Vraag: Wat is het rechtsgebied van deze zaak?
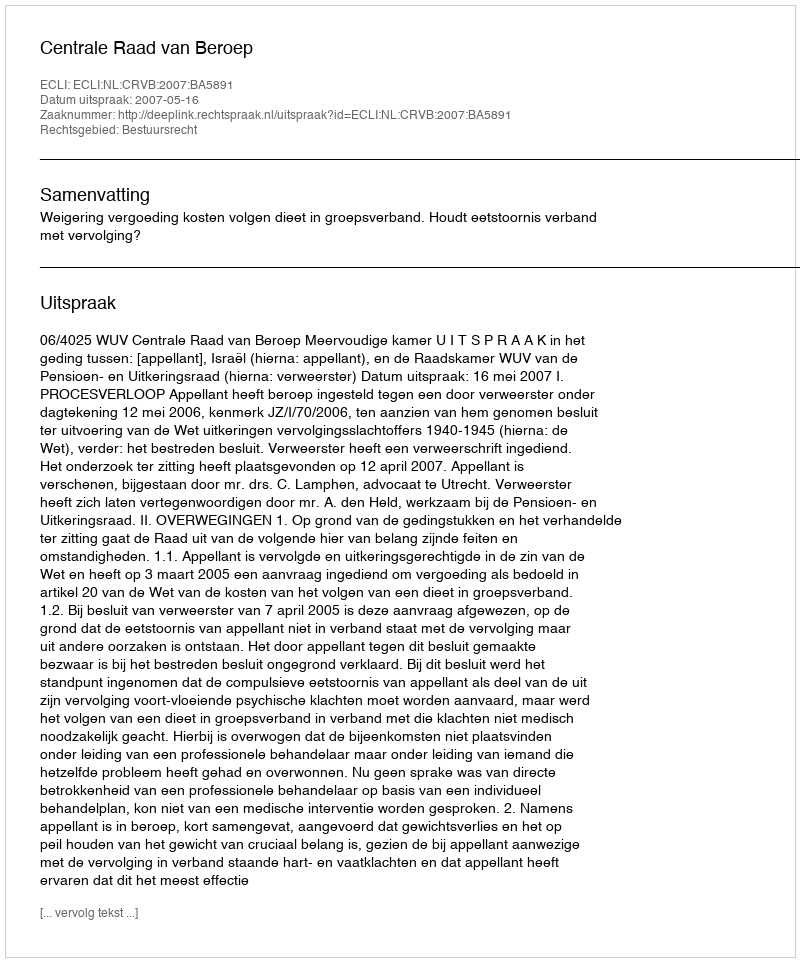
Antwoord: Bestuursrecht